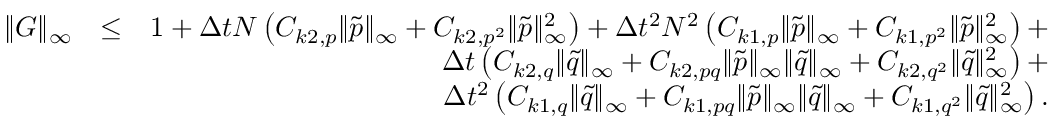
\begin{array} { r l r } { \| G \| _ { \infty } } & { \leq } & { 1 + \Delta t N \left( C _ { k 2 , p } \| \tilde { p } \| _ { \infty } + C _ { k 2 , p ^ { 2 } } \| \tilde { p } \| _ { \infty } ^ { 2 } \right) + \Delta t ^ { 2 } N ^ { 2 } \left( C _ { k 1 , p } \| \tilde { p } \| _ { \infty } + C _ { k 1 , p ^ { 2 } } \| \tilde { p } \| _ { \infty } ^ { 2 } \right) + } \\ & { } & { \Delta t \left( C _ { k 2 , q } \| \tilde { q } \| _ { \infty } + C _ { k 2 , p q } \| \tilde { p } \| _ { \infty } \| \tilde { q } \| _ { \infty } + C _ { k 2 , q ^ { 2 } } \| \tilde { q } \| _ { \infty } ^ { 2 } \right) + } \\ & { } & { \Delta t ^ { 2 } \left( C _ { k 1 , q } \| \tilde { q } \| _ { \infty } + C _ { k 1 , p q } \| \tilde { p } \| _ { \infty } \| \tilde { q } \| _ { \infty } + C _ { k 1 , q ^ { 2 } } \| \tilde { q } \| _ { \infty } ^ { 2 } \right) . } \end{array}